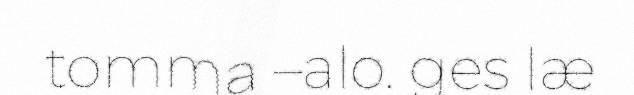
tomma –alo. ges læ